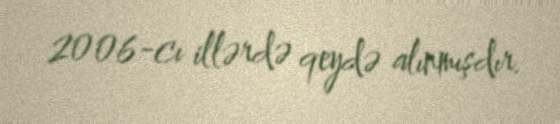
2006-cı illərdə qeydə alınmışdır.